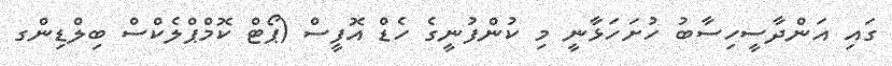
ގައި އަންދާސީހިސާބު ހުށަހަޅާނީ މި ކުންފުނީގެ ހެޑް އޮފީސް (ޕޯޓް ކޮމްޕްލެކްސް ބިލްޑިންގ